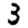
Digit: 3